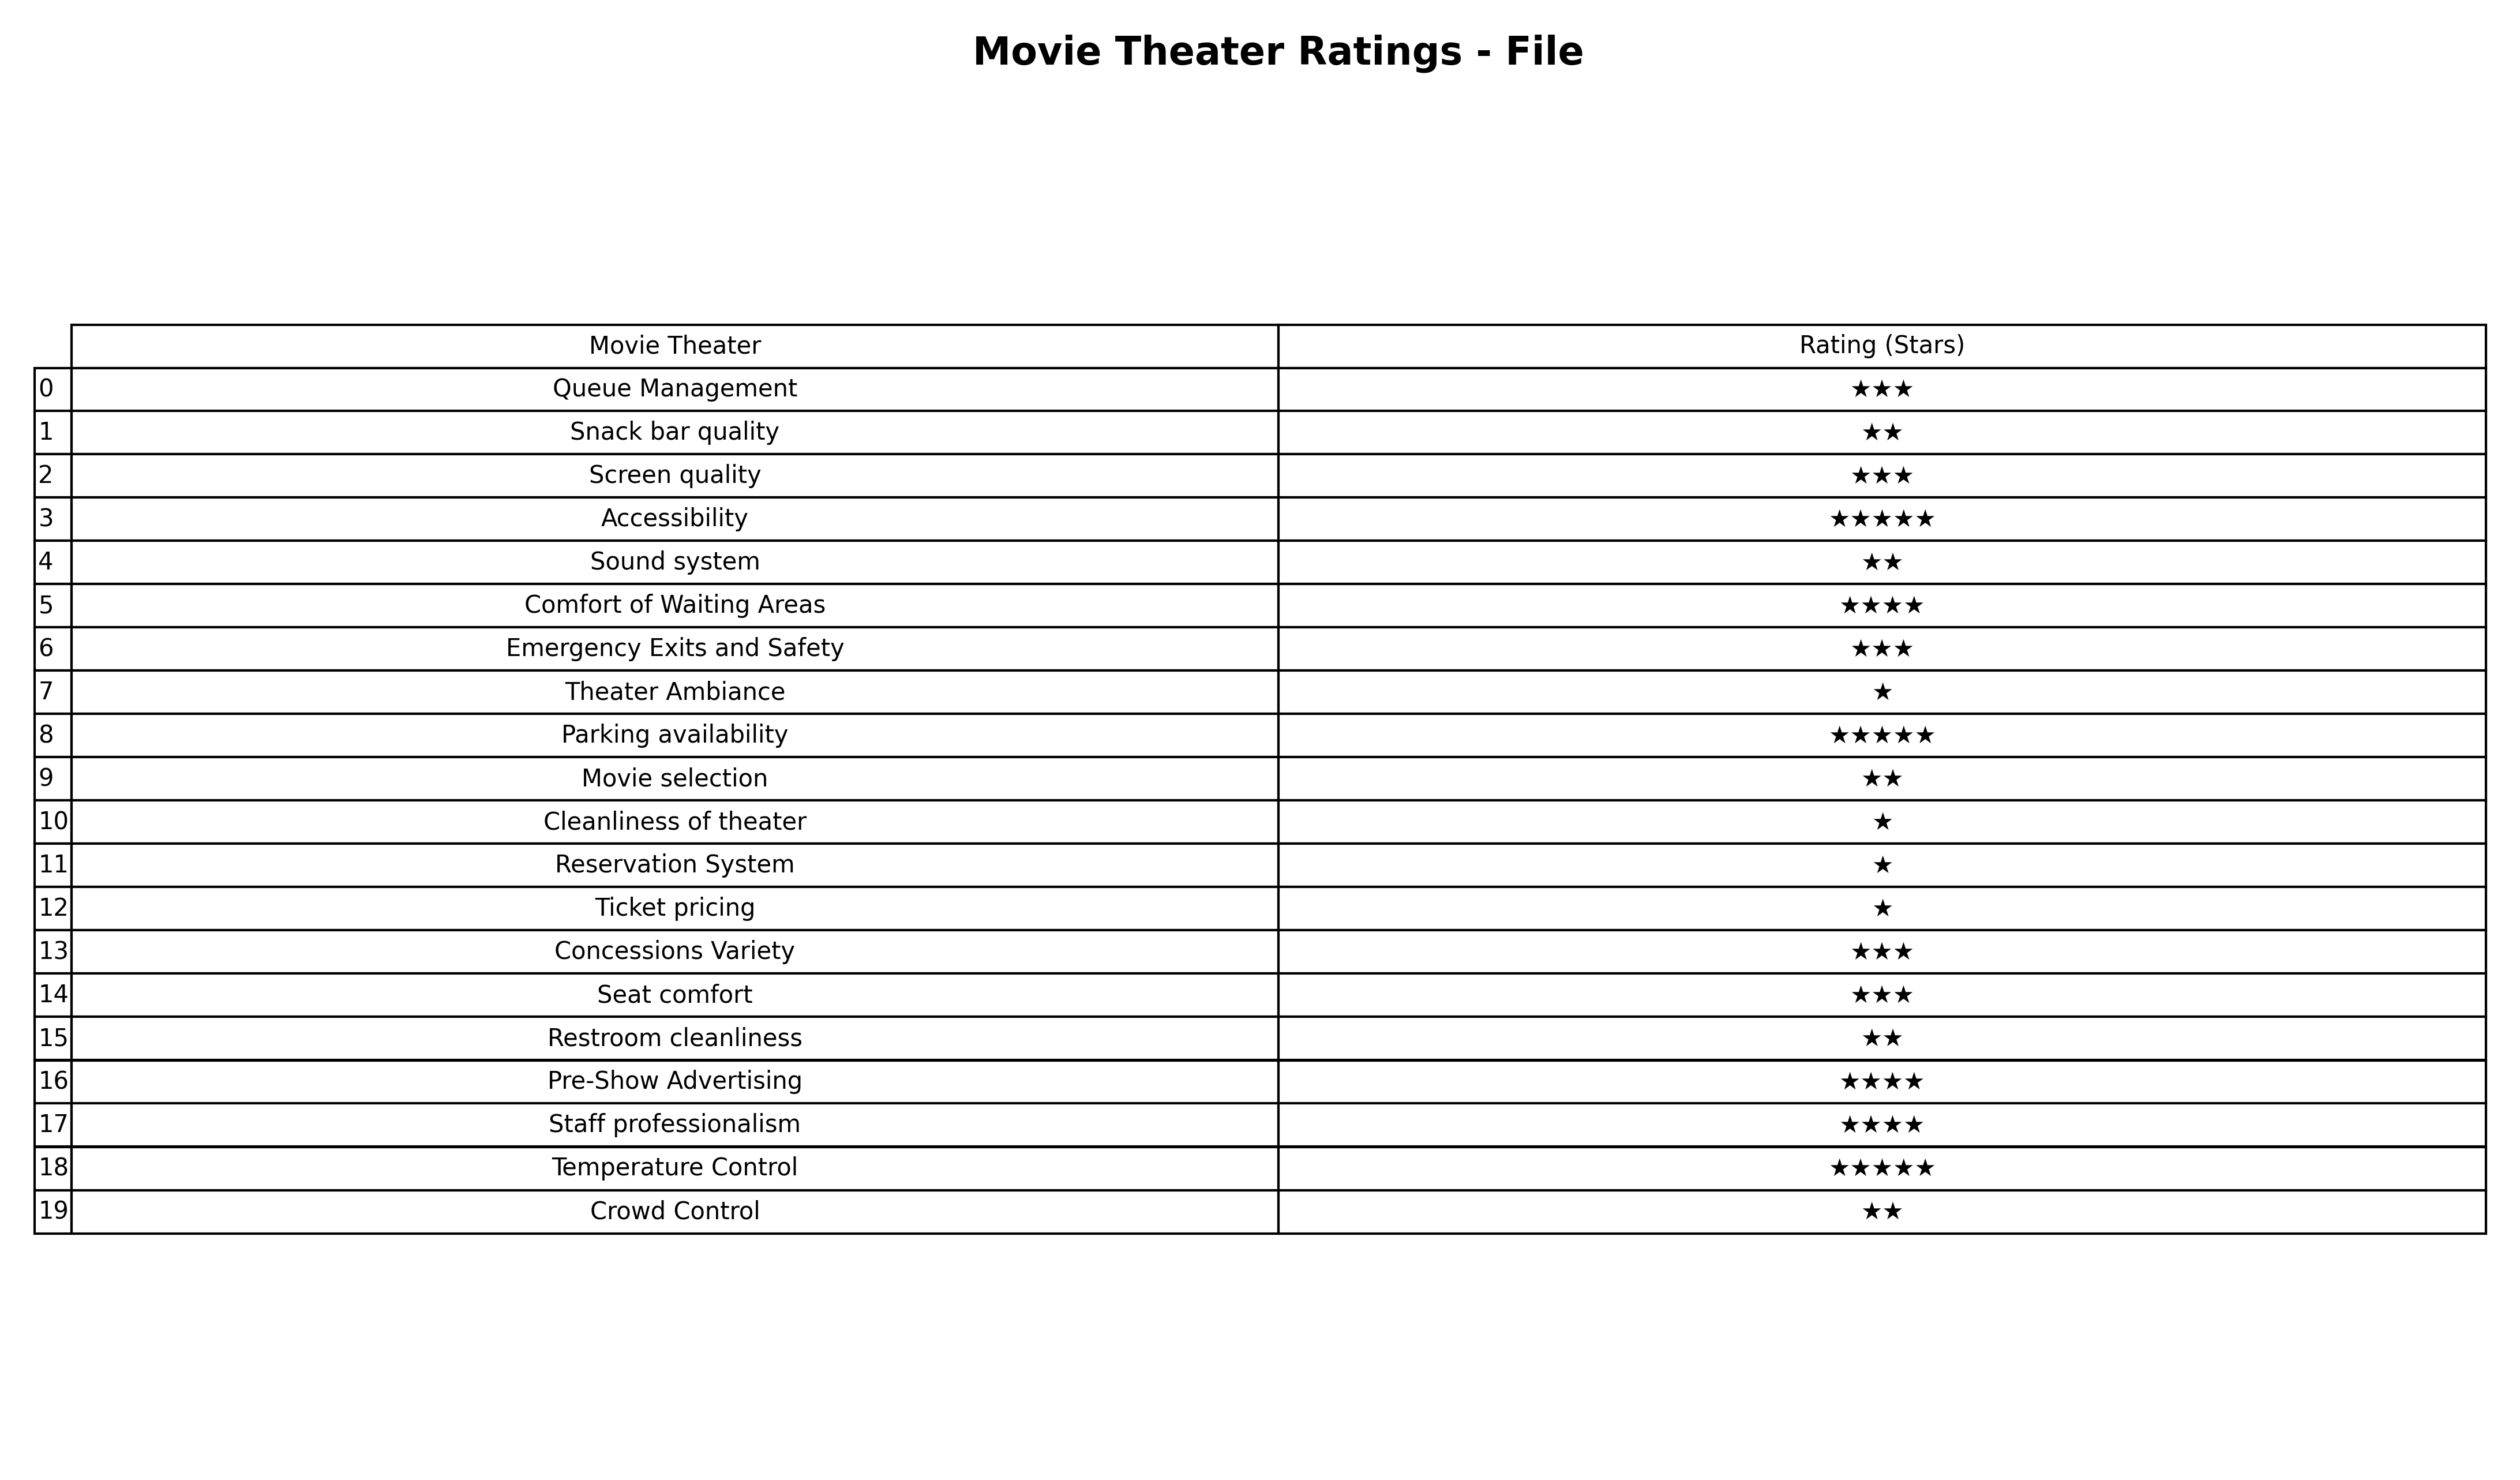
question: What are three star services?
answer: Queue ManagementScreen qualityEmergency Exits and SafetyConcessions VarietySeat comfort